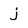
Character: j